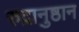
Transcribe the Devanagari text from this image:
रुद्रानुष्ठान